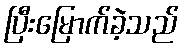
ပြီးမြောက်ခဲ့သည်